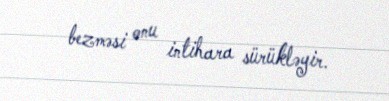
bezməsi onu intihara sürükləyir.